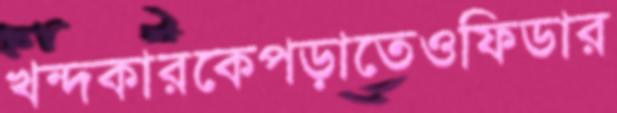
খন্দকারকেপড়াতেওফিডার